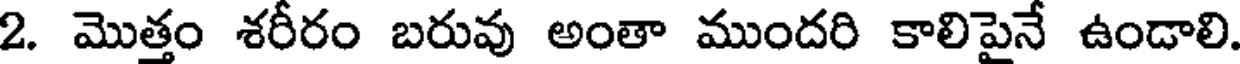
2. మొత్తం శరీరం బరువు అంతా ముందరి కాలిపైనే ఉండాలి.